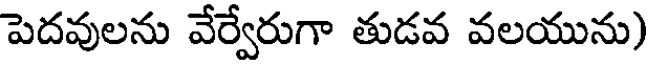
పెదవులను వేర్వేరుగా తుడవ వలయును)